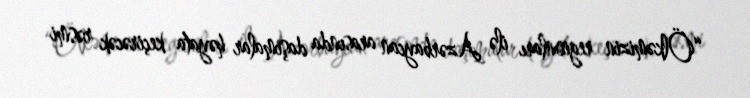
“Ölkəmizin regionları ilə Azərbaycan arasında daşımalar həyata keçirəcək rəsmi